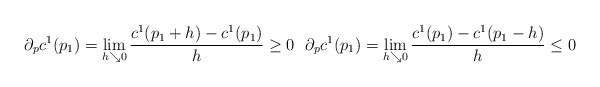
\begin{align*} \partial_p c^1(p_1) = \lim\limits_{h\searrow 0} \frac{c^1(p_1 + h)-c^1(p_1)}{h} \geq 0\ \ \partial_p c^1(p_1) = \lim\limits_{h\searrow 0} \frac{c^1(p_1)-c^1(p_1-h)}{h} \leq 0 \end{align*}